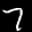
Label: 7